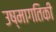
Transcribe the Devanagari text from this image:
उष्‍मागतिकी